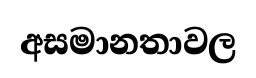
අසමානතාවල